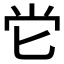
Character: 𡭠